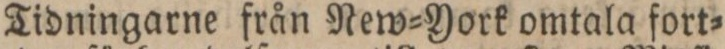
Tidningarne från New=York omtala fort=